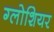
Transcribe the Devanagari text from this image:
ग्लोशियर